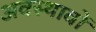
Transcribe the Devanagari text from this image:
अवस्थावों